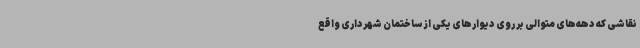
نقاشی که دهه‌های متوالی بر روی دیوارهای یکی از ساختمان شهرداری واقع